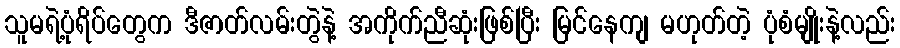
သူမရဲ့ပုံရိပ်တွေက ဒီဇာတ်လမ်းတွဲနဲ့ အကိုက်ညီဆုံးဖြစ်ပြီး မြင်နေကျ မဟုတ်တဲ့ ပုံစံမျိုးနဲ့လည်း